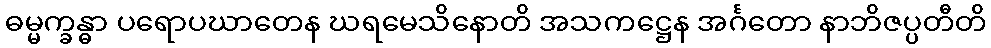
ဓမ္မက္ခန္ဓာ ပရောပဃာတေန ဃရမေသိနောတိ အသကဋ္ဌေန အင်္ဂတော နာဘိဇပ္ပတီတိ